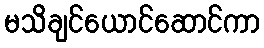
မသိချင်ယောင်ဆောင်ကာ